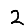
Digit: 2